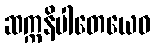
ဆက္ကနိပါတေယေဝ